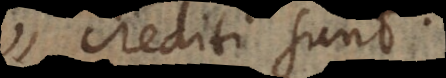
crediti sunt.